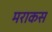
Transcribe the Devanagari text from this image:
मराकस